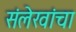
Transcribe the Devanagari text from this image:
संलेखांचा